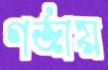
গর্জায়